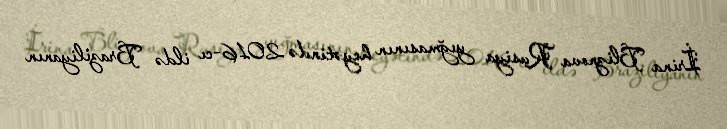
İrina Bliznova Rusiya yığmasının heyətində 2016-cı ildə Braziliyanın